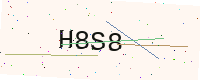
Text: H8S8